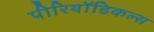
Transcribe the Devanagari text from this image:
पीरियॉडिकल्स